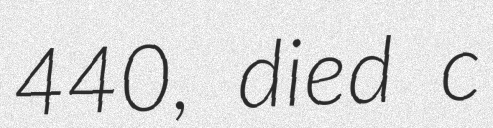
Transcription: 440, died c